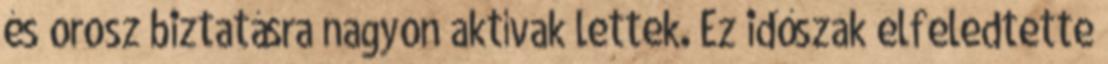
és orosz biztatásra nagyon aktívak lettek. Ez időszak elfeledtette